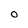
Character: O